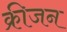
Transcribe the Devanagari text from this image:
क्रीजन